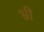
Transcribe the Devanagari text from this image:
भ्री